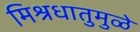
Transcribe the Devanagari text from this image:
मिश्रधातुमुळे